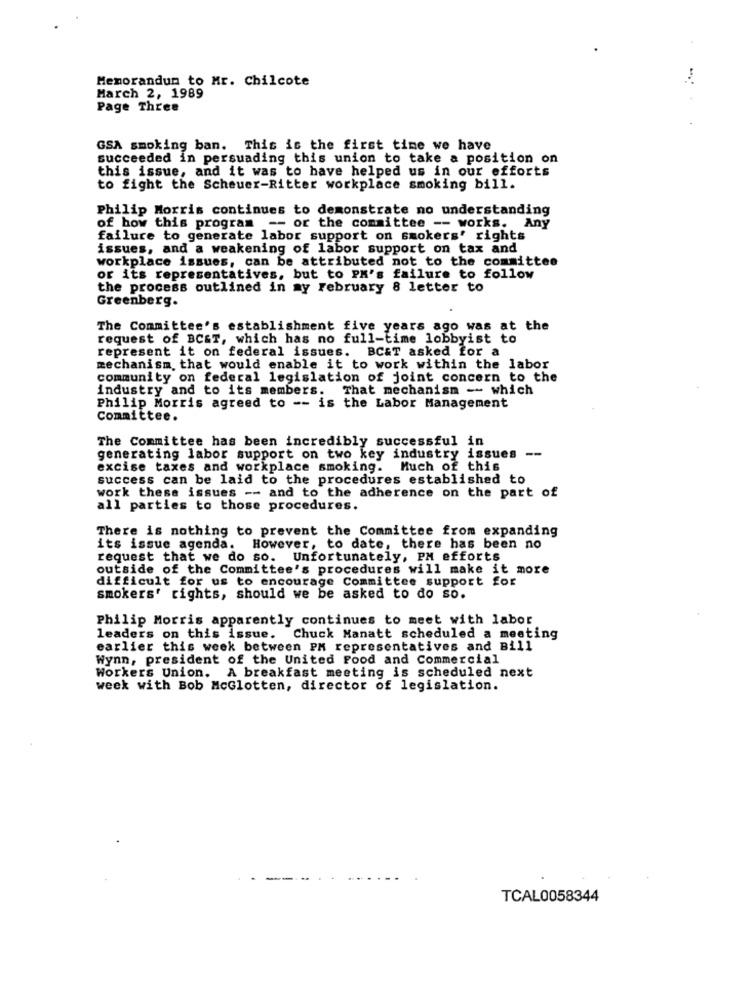
Memorandum to Mr. Chilcote
March 2, 1989
Page Three
GSA smoking ban. This is the first time we have
succeeded in persuading this union to take a position on
this issue, and it was to have helped us in our efforts
to fight the Scheuer-Ritter workplace smoking bill.
Philip Morris continues to demonstrate no understanding
of how this program -- or the committee -- works. Any
failure to generate labor support on smokers' rights
issues, and a weakening of labor support on tax and
workplace issues, can be attributed not to the committee
or its representatives, but to PK's failure to follow
the process outlined in my February 8 letter to
Greenberg.
The Committee's establishment five years ago was at the
request of BC&T, which has no full-time lobbyist to
represent it on federal issues. BC&T asked for a
mechanism, that would enable it to work within the labor
community on federal legislation of joint concern to the
industry and to its members. That mechanism - which
Philip Morris agreed to -- is the Labor Management
Committee.
The Committee has been incredibly successful in
generating labor support on two key industry issues --
excise taxes and workplace smoking. Much of this
success can be laid to the procedures established to
work these issues -- and to the adherence on the part of
all parties to those procedures.
There is nothing to prevent the Committee from expanding
its issue agenda. However, to date, there has been no
request that we do so. Unfortunately, PM efforts
outside of the Committee's procedures will make it more
difficult for us to encourage Committee support for
smokers' rights, should we be asked to do so.
Philip Morris apparently continues to meet with labor
leaders on this issue. Chuck Manatt scheduled a meeting
earlier this week between PM representatives and Bill
Wynn, president of the United Food and Commercial
Workers Union. A breakfast meeting is scheduled next
week with Bob McGlotten, director of legislation.
TCAL0058344